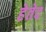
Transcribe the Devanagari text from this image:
हेतेद